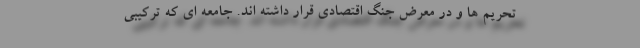
تحریم ها و در معرض جنگ اقتصادی قرار داشته اند. جامعه ای که ترکیبی